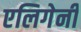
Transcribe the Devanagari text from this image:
एलिगेनी